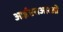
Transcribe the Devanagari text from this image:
आईएसआरओ